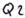
Text: Q2